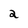
Character: 2